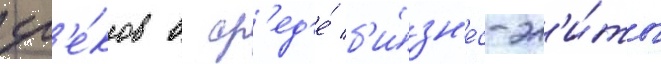
гр'е́ков в ср'ед'е́ б'и́зн'ес-эл'и́ты